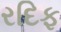
રદિફ